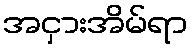
အငှားအိမ်ရာ